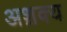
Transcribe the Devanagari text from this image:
अश़क्य